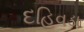
દહિવડા